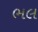
ભલ